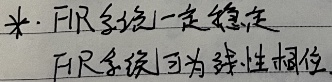
FIR系统一定稳定，FIR系统可为线性相位。
\(FIR\)系统一定稳定，\(FIR\)系统可为线性相位。